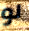
لو